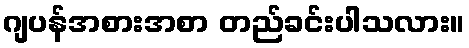
ဂျပန်အစားအစာ တည်ခင်းပါသလား။